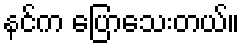
နင်က ပြောသေးတယ်။